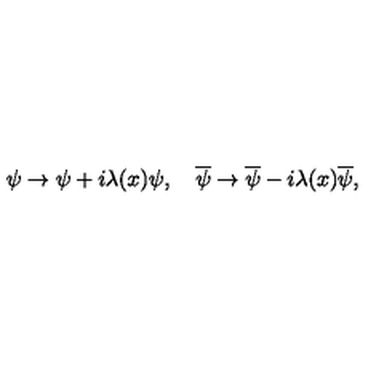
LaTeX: \psi \rightarrow \psi + i \lambda ( x ) \psi , \quad \overline { \psi } \rightarrow \overline { \psi } - i \lambda ( x ) \overline { \psi } ,